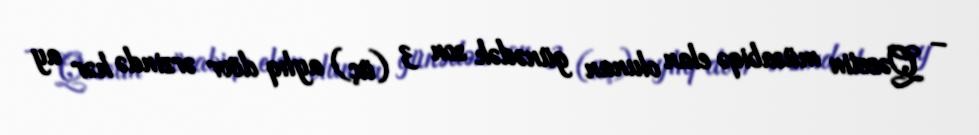
– Qəzetin müsabiqə elan olunan günədək son 3 (üç) aylıq dövr ərzində hər ay